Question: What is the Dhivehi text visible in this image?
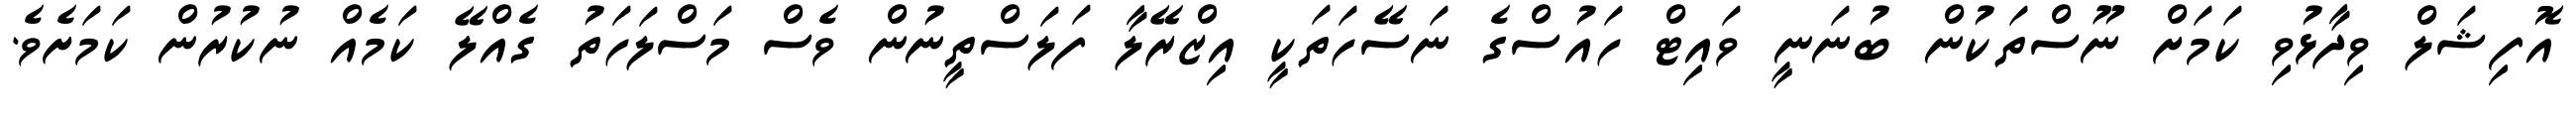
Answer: އޮފިޝަލް ވިދާޅުވި ކަމަށް ނޫސްތަކުން ބުނަނީ ވައިޓް ހައުސްގެ ނަސޭހަތަކީ އިޒްރޭލާ ފަލަސްތީނުން ވެސް މަސްލަހަތު ގެއްލޭ ކަމެއް ނުކުރުން ކަމަށެވެ.